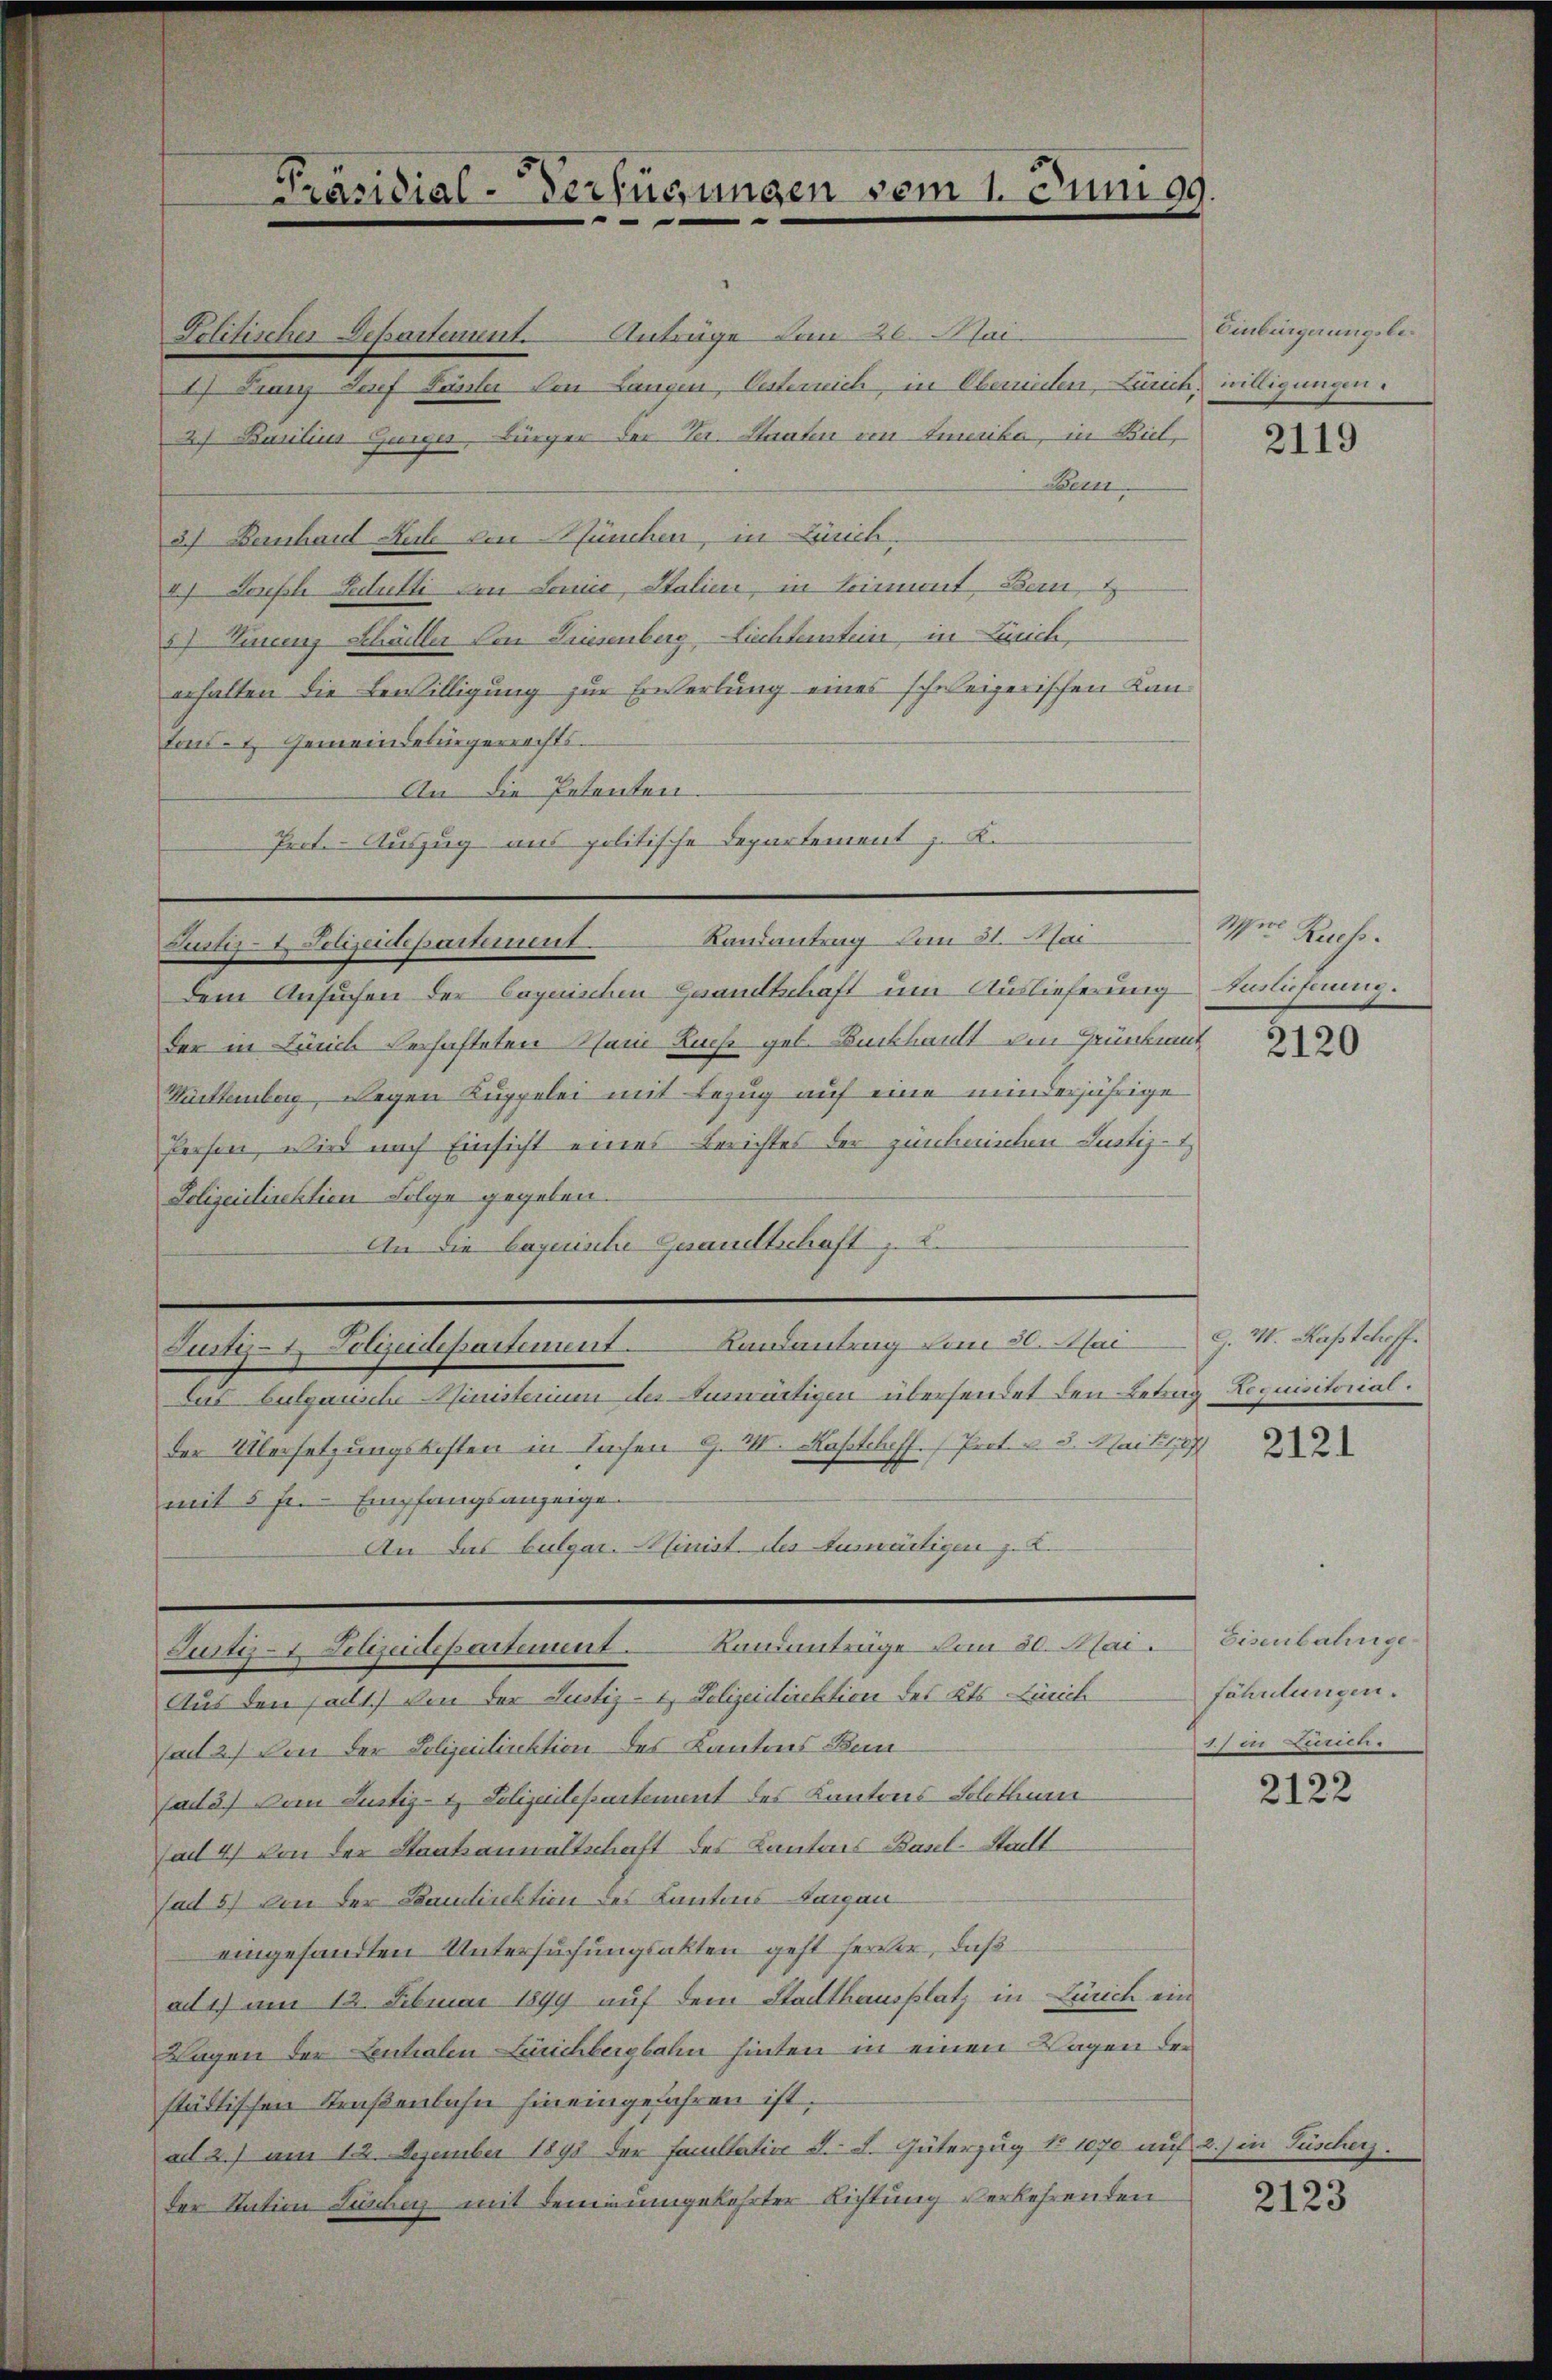
Präsidial-Verfügungen vom 1. Juni ag.

Politischer Departement. Anträge von 20. Mai.
17. Franz Josef Fässler von Langen, Oesterrich, in Obernitten, Zürich, willigungen.
2) Basilius Gurger, Bürger der Ver. Staaten von Emerika, in Biel,
Bern.
3) Bernhard Sule von München, in Zürich-
4.) Joseph Leutti von Lonie, Stalien, in Stimmt Bau,
57. Finanz Schädler von Friesenberg, Liechterstein, in Zürich,
erhalten die Bewilligung zur Erwartung eines schweizerischen Lantons- & Gemeindebürgerrechts¬
An die Petenten.
Prot. - Auszug aus politische Departement z. K.
Dem Ansuchen der Copuischen Gesandtschaft um Auslieferung Einlichnung.
der in Lunch Verhafteten am Buche geb. Bückkauft von Grünkent
Württemberg, Regen Kuppelei mit Bezug auf eine minderjährige
Person, wird nach Einsicht eines Berichtes der zürcheinten Justiz-
Polizeidirektion Folge gegeben.
An die bequische Gesandtschaft z. B.
Justiz- Polizeidepartement. Landantrag vom 30. Mai G. H. Rastcheff.
Das bulgausche Ministerium des Auswärtigen übersendet den Betrag
der Übersetzungskosten in Sachen G. VII. Kastcheff. 1 Prof. v. 5. Mai 189
mit 5 fr. Empfangsanzeigen
An das bulgar. Minist des Auswärtigen z. B.
Justiz-t. Polizeidepartement. Landentrüge vom 30. Mai.
Aus den salt) von der Justiz- & Polizeidirektion des Kts. Linich
sact 2) Von der Polizeidirektion des Kantons Bun¬
(ad 3.) An Justiz- & Polizeiilepartement des Kantons Solothur
(ad 47 von der Staatsanwaltschaft des Cantons Basel-Stadt
sad 5) von der Bandirektion des Kantons-Lacan
eingesandten Untersuchungsakten geht hervor, daß
ad 1) am 12. Februar 1899 auf dem Stadthausplatz in Zürich ein
Lagen der Lentialen Leichbergbahn hinten in einen Wagen der
städtischen Straßenbahn hineingefahren ist.
ad 2.) am 12. Dezember 1898 der Facultation d. d. Güterzug No 1070 auf 2.) in Füscherz.
der Station Lünbey mit dem umgekehrter Richtung verkehrenden

Justiz- & Polizeidepartement Randantrag am 31. Mai

Einbürgerungsbe¬

2119

Mit Reuss.

2120

Recursenrat

2121

Eiserbalinge.
föhnlungen.
h in Zürich.

2122

2123